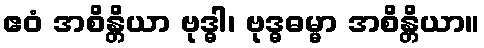
ဧဝံ အစိန္တိယာ ဗုဒ္ဓါ၊ ဗုဒ္ဓဓမ္မာ အစိန္တိယာ။